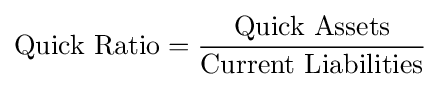
{\text{Quick Ratio}}={\frac {\text{Quick Assets}}{\text{Current Liabilities}}}